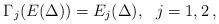
LaTeX: \begin{align*}\Gamma_j(E(\Delta)) = E_j(\Delta), \ \ j=1,2 \,, \end{align*}